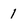
Character: 1